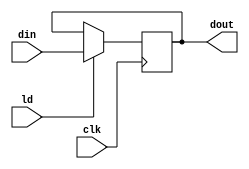
`timescale 1ns / 1ps
//////////////////////////////////////////////////////////////////////////////////
// Company: 
// Engineer: 
// 
// Design Name: 
// Module Name:    pipo1 
// Project Name: 
// Target Devices: 
// Tool versions: 
// Description: 
//
// Dependencies: 
//
// Revision: 
// Revision 0.01 - File Created
// Additional Comments: 
//
//////////////////////////////////////////////////////////////////////////////////
module pipo1(dout,din,ld,clk);
input [15:0]din;
input ld,clk;
output reg [15:0] dout;
always @(posedge clk)
if (ld) dout<=din;
endmodule